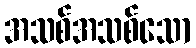
အသစ်အသစ်သော